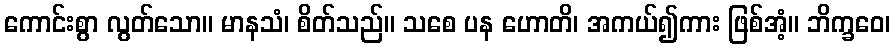
ကောင်းစွာ လွတ်သော။ မာနသံ၊ စိတ်သည်။ သစေ ပန ဟောတိ၊ အကယ်၍ကား ဖြစ်အံ့။ ဘိက္ခဝေ၊